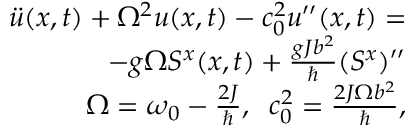
\begin{array} { r l r } & { } & { \ddot { u } ( x , t ) + \Omega ^ { 2 } u ( x , t ) - c _ { 0 } ^ { 2 } u ^ { \prime \prime } ( x , t ) = } \\ & { } & { - g \Omega S ^ { x } ( x , t ) + \frac { g J b ^ { 2 } } { \hbar } ( S ^ { x } ) ^ { \prime \prime } } \\ & { } & { \Omega = \omega _ { 0 } - \frac { 2 J } { \hbar } , \; \; c _ { 0 } ^ { 2 } = \frac { 2 J \Omega b ^ { 2 } } { \hbar } , } \end{array}